255_413270_UFO's_and_Defense_What_Should_we_Prepare_For
Agency: NASA
Page 12
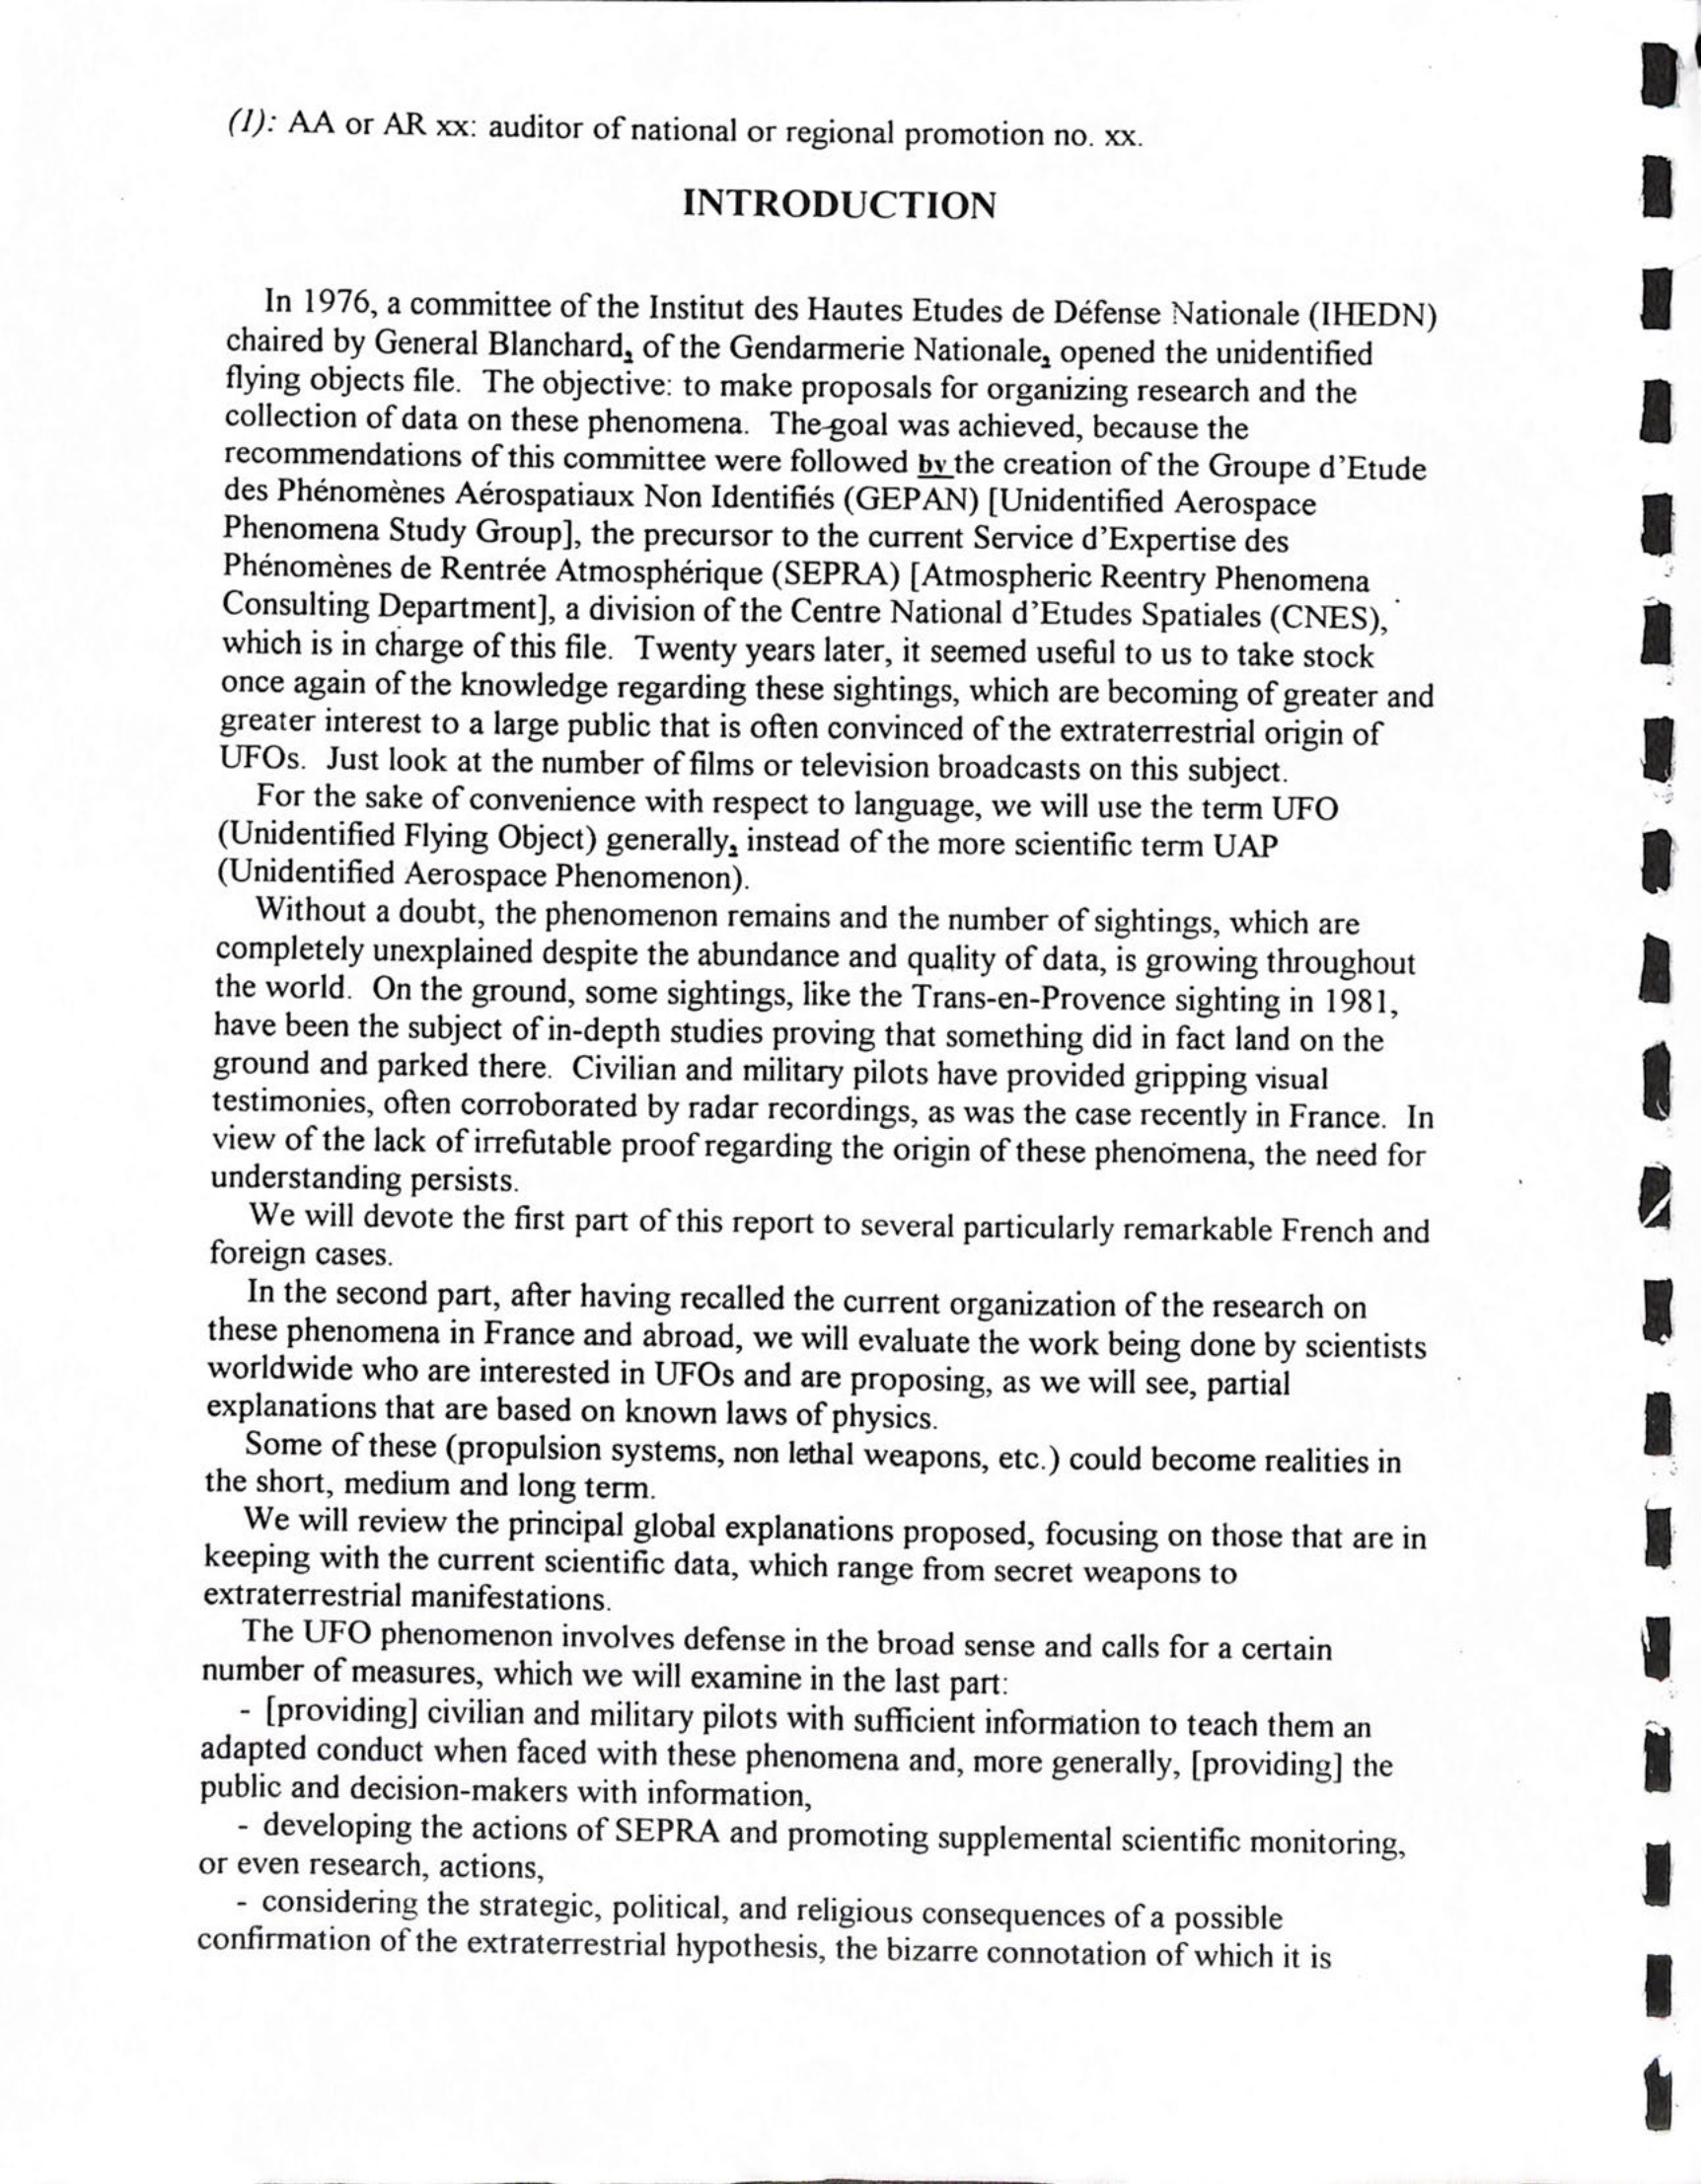